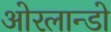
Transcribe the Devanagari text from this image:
ओरलान्डो